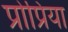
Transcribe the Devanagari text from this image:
प्रोप्रिया